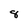
Character: 8